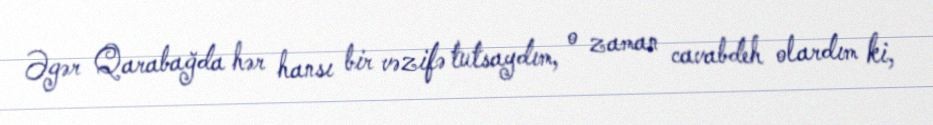
Əgər Qarabağda hər hansı bir vəzifə tutsaydım, o zaman cavabdeh olardım ki,